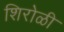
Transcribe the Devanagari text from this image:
शिरोळी